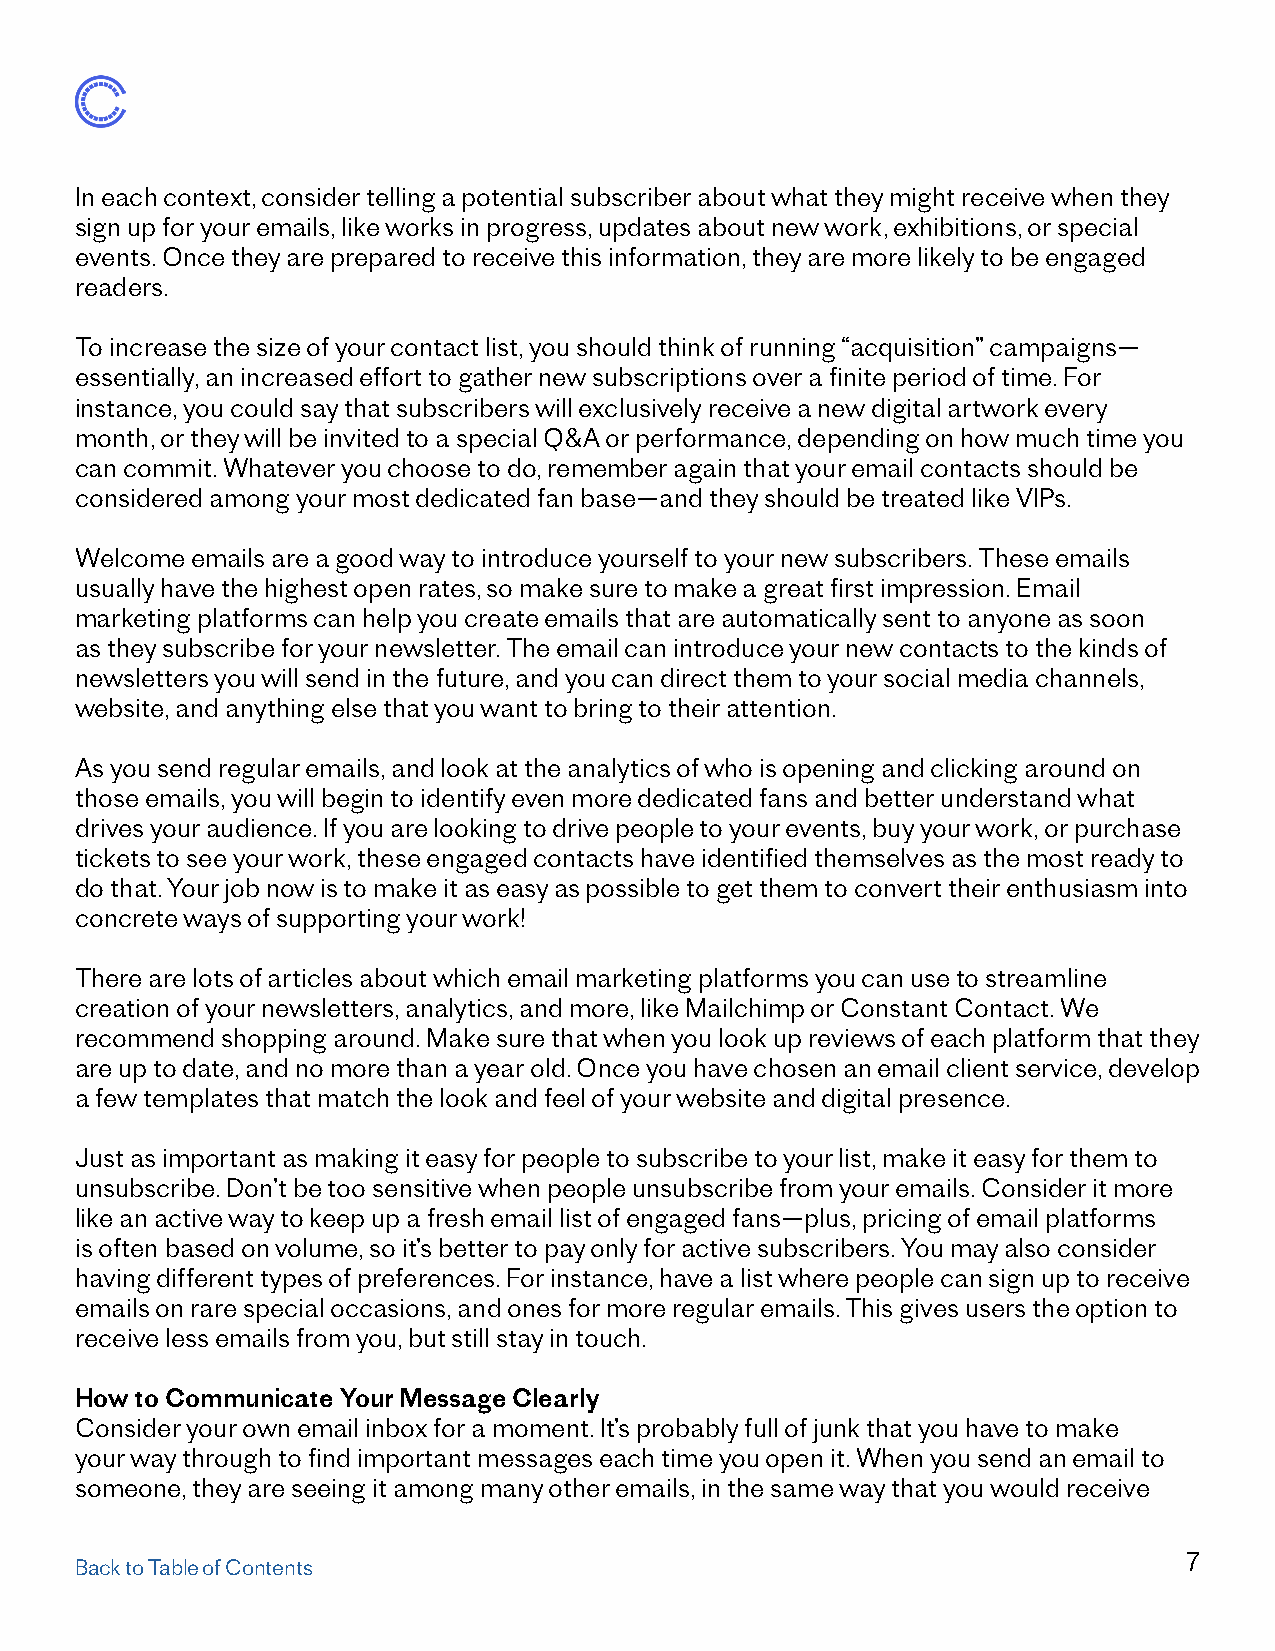
In each context, consider telling a potential subscriber about what they might receive when they
 sign up for your emails, like works in progress, updates about new work, exhibitions, or special
 events. Once they are prepared to receive this information, they are more likely to be engaged
 readers.
 To increase the size of your contact list, you should think of running “acquisition” campaigns—
 essentially, an increased effort to gather new subscriptions over a finite period of time. For
 instance, you could say that subscribers will exclusively receive a new digital artwork every
 month, or they will be invited to a special Q&A or performance, depending on how much time you
 can commit. Whatever you choose to do, remember again that your email contacts should be
 considered among your most dedicated fan base—and they should be treated like VIPs.
 Welcome emails are a good way to introduce yourself to your new subscribers. These emails
 usually have the highest open rates, so make sure to make a great first impression. Email
 marketing platforms can help you create emails that are automatically sent to anyone as soon
 as they subscribe for your newsletter. The email can introduce your new contacts to the kinds of
 newsletters you will send in the future, and you can direct them to your social media channels,
 website, and anything else that you want to bring to their attention.
 As you send regular emails, and look at the analytics of who is opening and clicking around on
 those emails, you will begin to identify even more dedicated fans and better understand what
 drives your audience. If you are looking to drive people to your events, buy your work, or purchase
 tickets to see your work, these engaged contacts have identified themselves as the most ready to
 do that. Your job now is to make it as easy as possible to get them to convert their enthusiasm into
 concrete ways of supporting your work!
 There are lots of articles about which email marketing platforms you can use to streamline
 creation of your newsletters, analytics, and more, like Mailchimp or Constant Contact. We
 recommend shopping around. Make sure that when you look up reviews of each platform that they
 are up to date, and no more than a year old. Once you have chosen an email client service, develop
 a few templates that match the look and feel of your website and digital presence.
 Just as important as making it easy for people to subscribe to your list, make it easy for them to
 unsubscribe. Don’t be too sensitive when people unsubscribe from your emails. Consider it more
 like an active way to keep up a fresh email list of engaged fans—plus, pricing of email platforms
 is often based on volume, so it’s better to pay only for active subscribers. You may also consider
 having different types of preferences. For instance, have a list where people can sign up to receive
 emails on rare special occasions, and ones for more regular emails. This gives users the option to
 receive less emails from you, but still stay in touch.
 How to Communicate Your Message Clearly
 Consider your own email inbox for a moment. It’s probably full of junk that you have to make
 your way through to find important messages each time you open it. When you send an email to
 someone, they are seeing it among many other emails, in the same way that you would receive
 7
 Back to Table of Contents